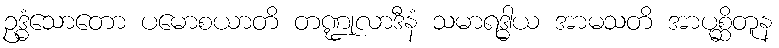
ဥဒ္ဓံသောတော ပမောစယာတိ တဏ္ဍုလာဒီနံ သမာရဒ္ဓါယ အာမသတိ အာပုစ္ဆိတူန